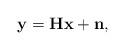
LaTeX: \begin{align*}\mathbf{y} = \mathbf{H}\mathbf{x} + \mathbf{n},\end{align*}